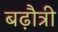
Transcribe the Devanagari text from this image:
बढ़ौत्री